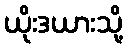
ယိုးဒယားသို့